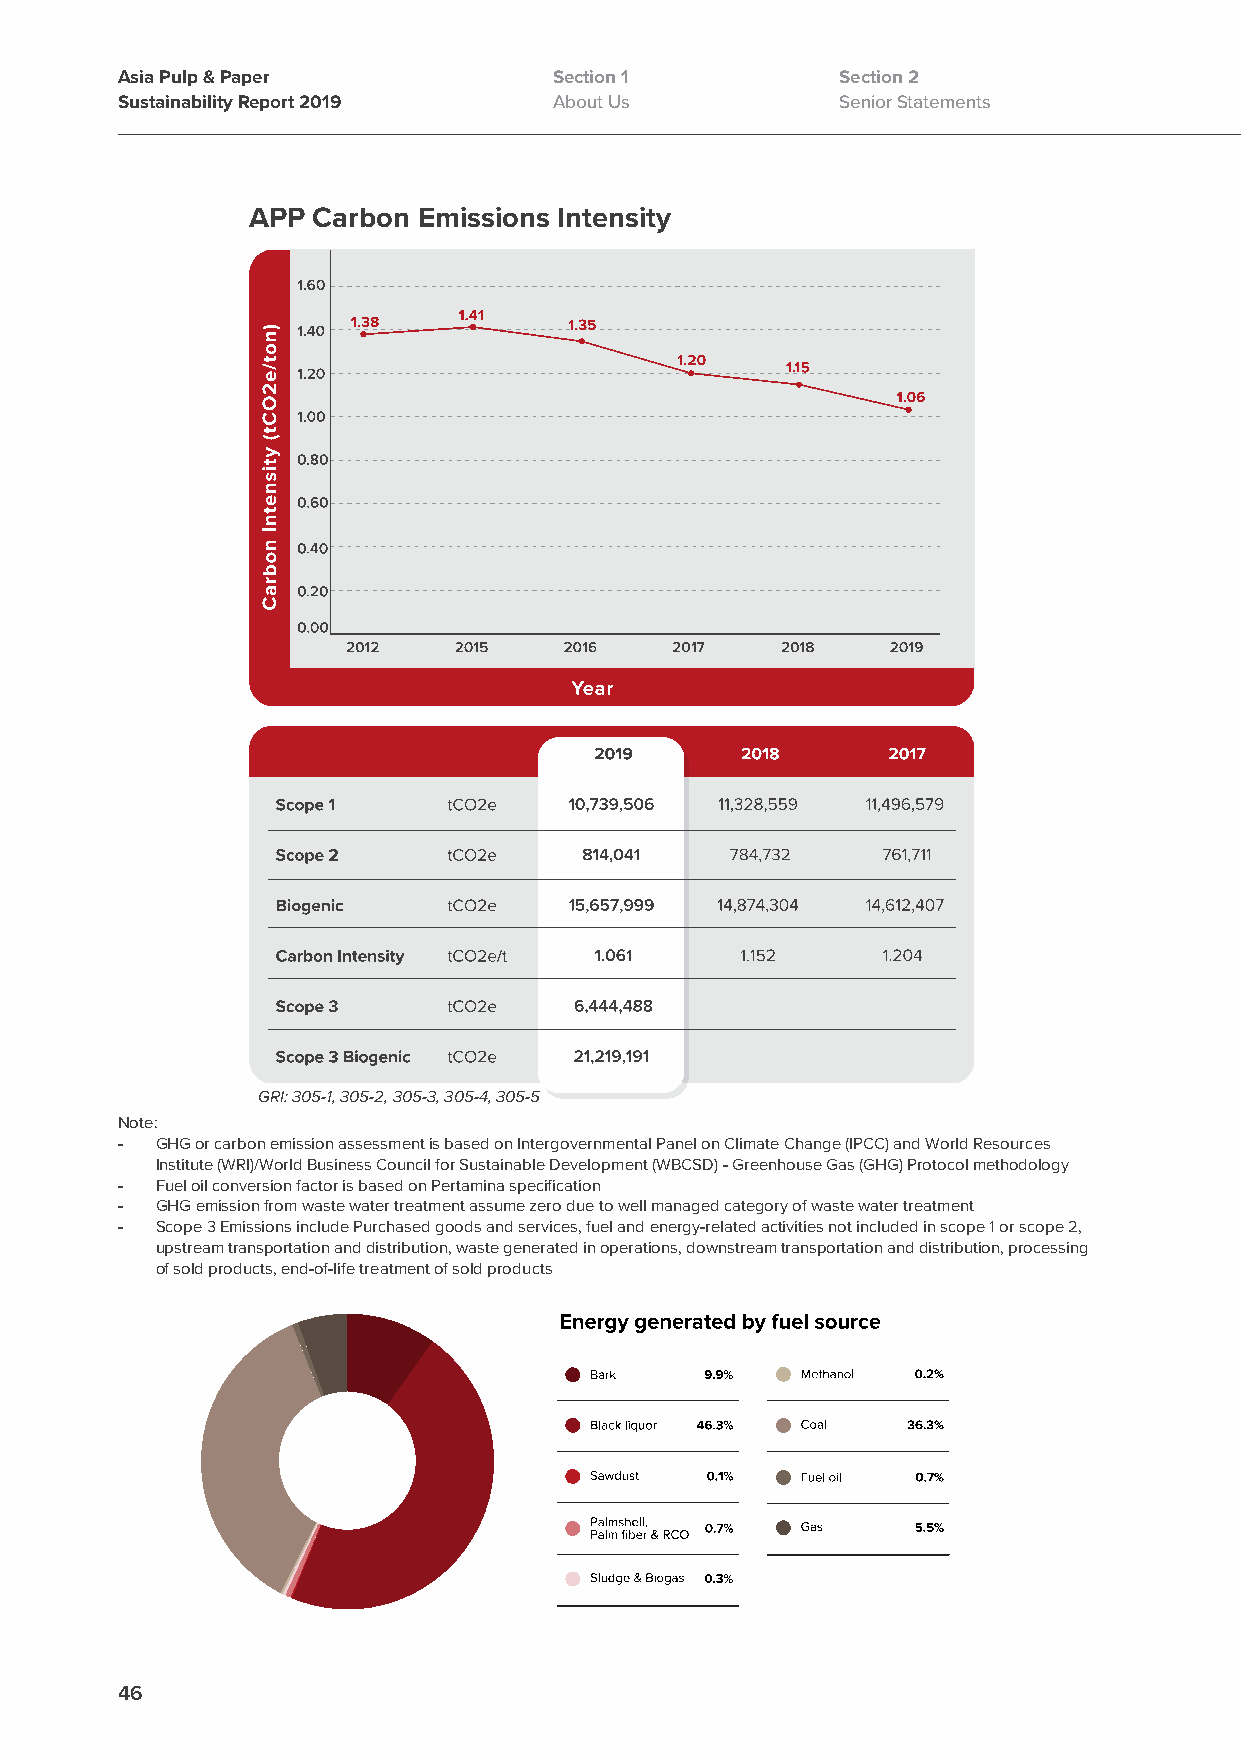
Asia Pulp & Paper            Section 1          Section 2
 Sustainability Report 2019   About Us           Senior Statements
 APP  Carbon Emissions Intensity
 GRI: 305-1, 305-2, 305-3, 305-4, 305-5
 Note:
 - GHG or carbon emission assessment is based on Intergovernmental Panel on Climate Change (IPCC) and World Resources
 Institute (WRI)/World Business Council for Sustainable Development (WBCSD) - Greenhouse Gas (GHG) Protocol methodology
 - Fuel oil conversion factor is based on Pertamina specification
 - GHG emission from waste water treatment assume zero due to well managed category of waste water treatment
 - Scope 3 Emissions include Purchased goods and services, fuel and energy-related activities not included in scope 1 or scope 2,
 upstream transportation and distribution, waste generated in operations, downstream transportation and distribution, processing
 of sold products, end-of-life treatment of sold products
 46